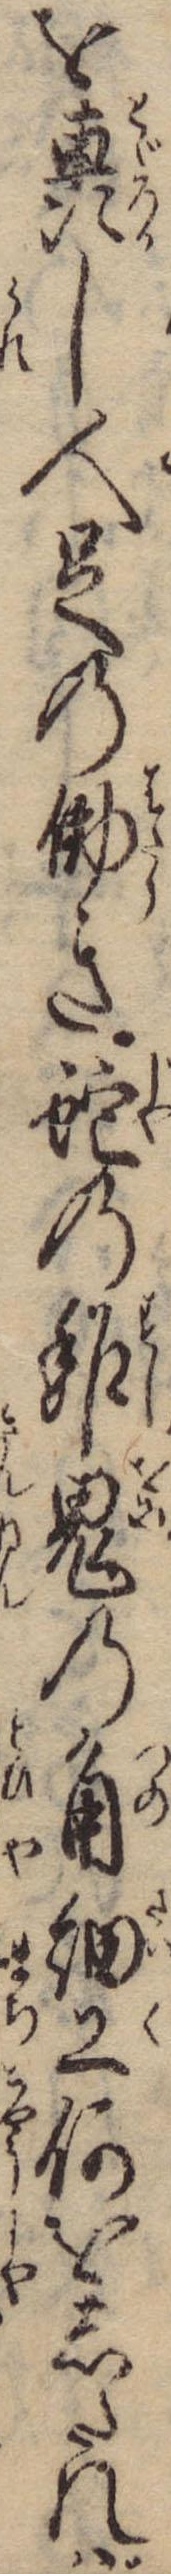
を轟し人足の働き蛇の鮓鬼の角細工何をしたれば